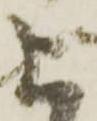
上